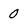
Character: 0